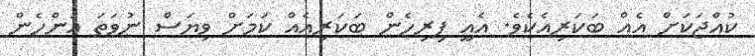
ކުއްޖަކަށް އެއް ބަކަރިއެކެވެ. އެއީ ފިރިހެން ބަކަރިއެއް ކަމަށް ވިޔަސް ނުވަތަ އަންހެން